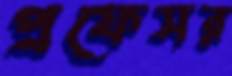
প্রফেসর